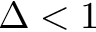
\Delta < 1